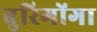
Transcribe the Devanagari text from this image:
बुरिगोंगा